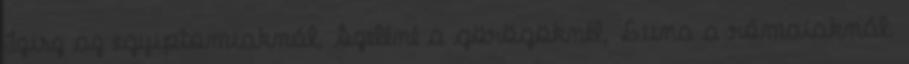
Izisz az egyiptomiaknál, Szeléné a görögöknél, Luna a rómaiaknál.